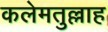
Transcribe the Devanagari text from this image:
कलेमतुल्लाह